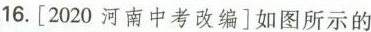
16.[2020河南中考改编] 如图所示的